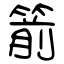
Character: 箭